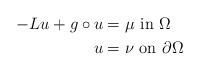
LaTeX: \begin{align*}-L u + g\circ u & = \mu \,\,\mbox{in}\,\, \Omega \\u & = \nu \,\,\mbox{on}\,\, \partial\Omega \end{align*}